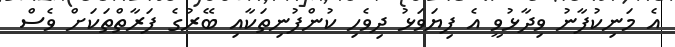
އެ މަނިކުފާނު ވިދާޅުވީ އެ ފިޔަވަޅު ދިވެހި ކުންފުނިތަކާއި ބޭރުގެ ފަރާތްތަކަށް ވެސް